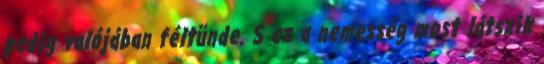
pedig valójában féltünde. S ez a nemesség most látszik